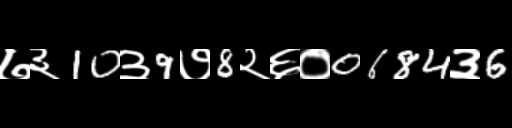
Text: ७३10३9७8२६०0684३6